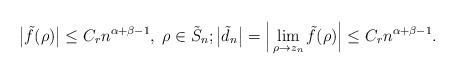
LaTeX: \begin{align*} \big|\tilde f(\rho)\big| \le C_r n^{\alpha+\beta-1}, \; \rho \in \tilde S_n; \big|\tilde d_n\big| = \Big|\lim_{\rho \to z_n}\tilde f(\rho)\Big| \le C_r n^{\alpha+\beta-1}.\end{align*}